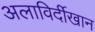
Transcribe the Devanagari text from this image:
अलाविर्दीखान